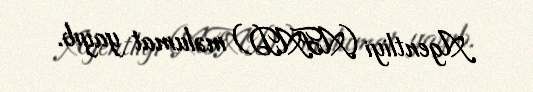
Agentliyi (AFAD) məlumat yayıb.